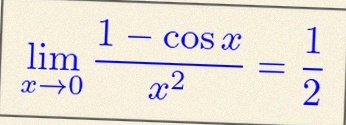
\lim_{x\to0}\frac{1-\cos x}{x^2}=\frac12